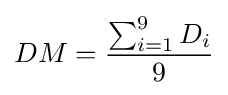
DM={\frac {\sum _{i=1}^{9}D_{i}}{9}}